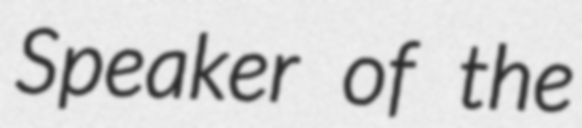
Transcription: Speaker of the